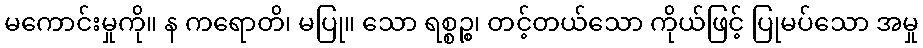
မကောင်းမှုကို။ န ကရောတိ၊ မပြု။ သော ရစ္စဉ္စ၊ တင့်တယ်သော ကိုယ်ဖြင့် ပြုမပ်သော အမှု